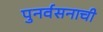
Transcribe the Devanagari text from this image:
पुनर्वसनाची